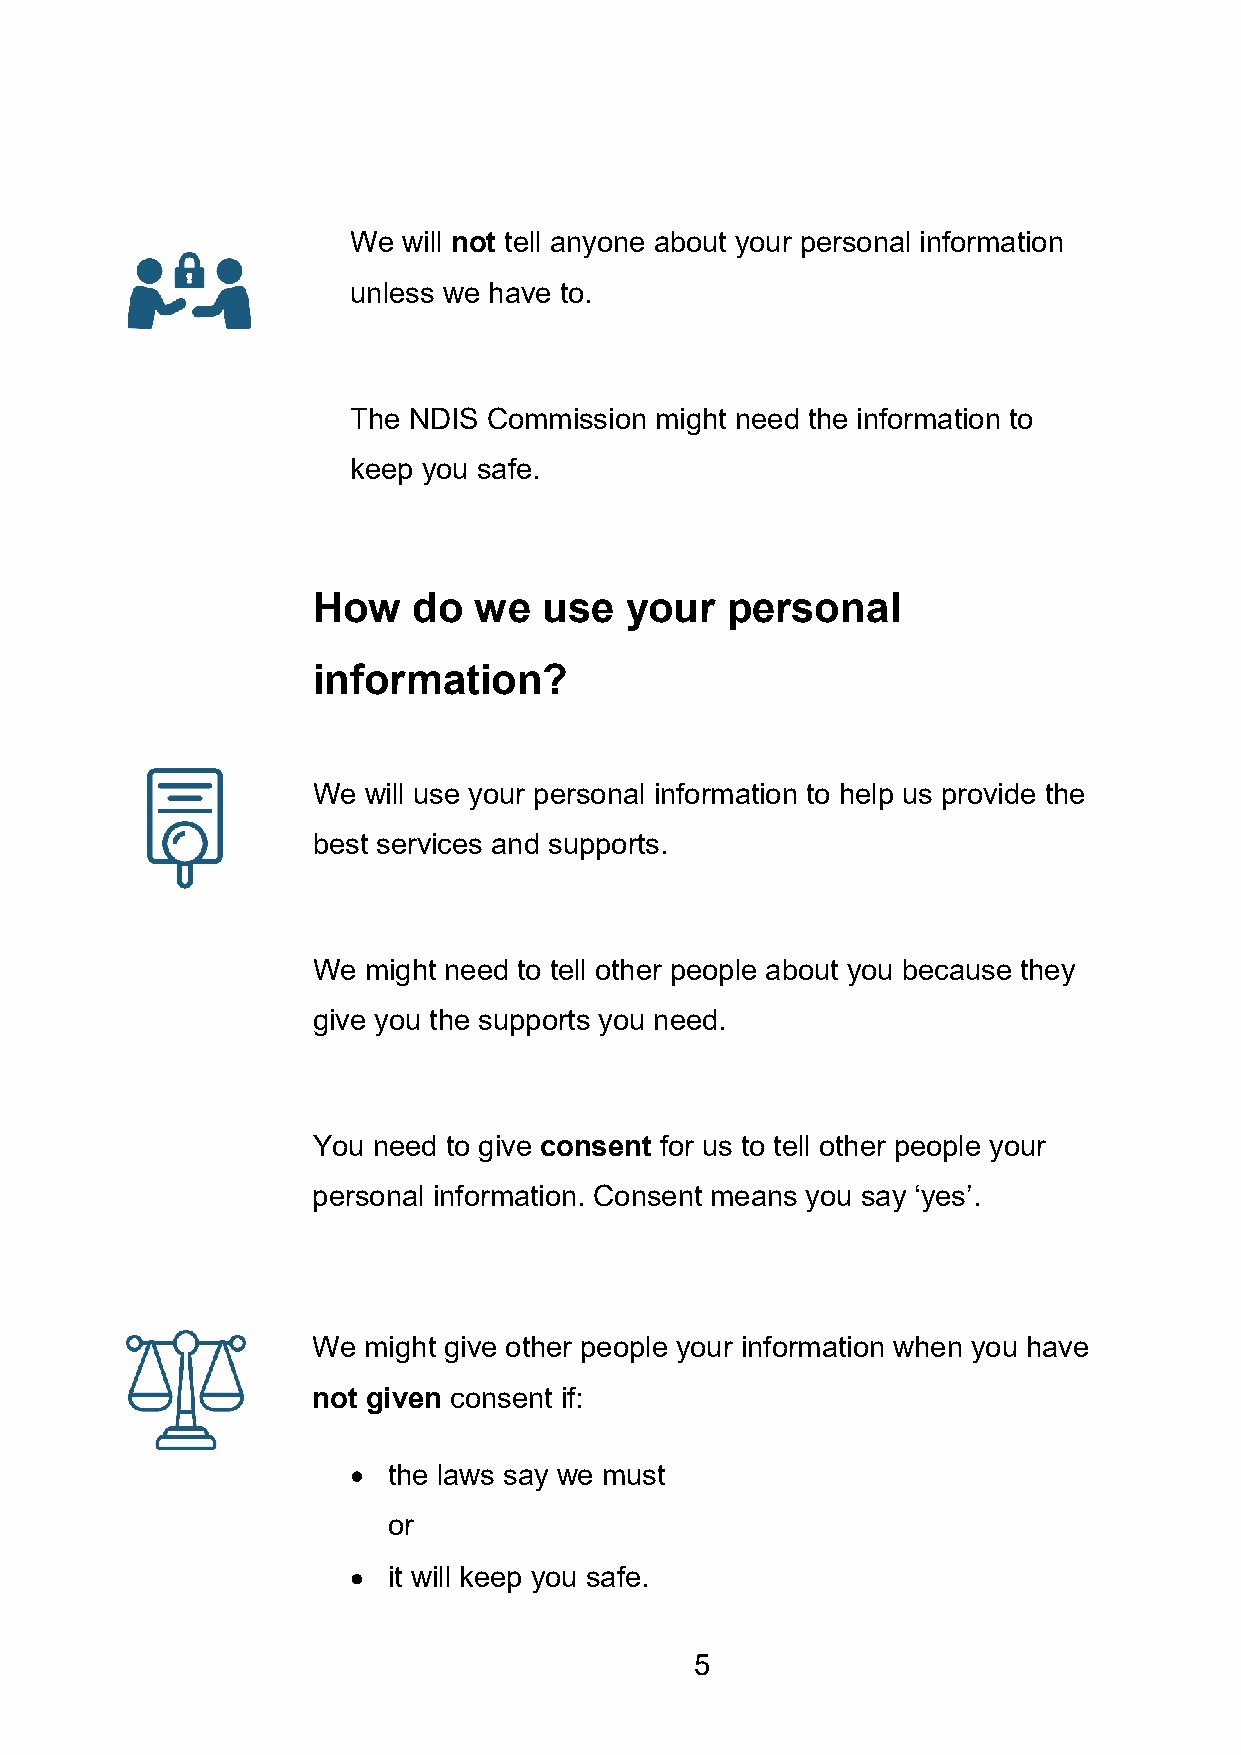
We  will not tell anyone about your personal information
 unless we have to.
 The NDIS Commission might need the information to
 keep you safe.
 How   do  we   use  your   personal
 information?
 We will use your personal information to help us provide the
 best services and supports.
 We might need to tell other people about you because they
 give you the supports you need.
 You need to give consent for us to tell other people your
 personal information. Consent means you say ‘yes’.
 We might give other people your information when you have
 not given consent if:
 the laws say we must
 or
 it will keep you safe.
 5